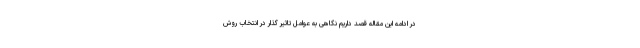
در ادامه این مقاله قصد داریم نگاهی به عوامل تاثیر گذار در انتخاب روش